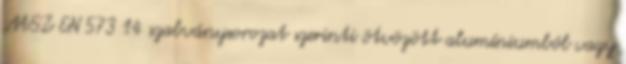
MSZ EN 573 14 szabványsorozat szerinti ötvözött alumíniumból vagy